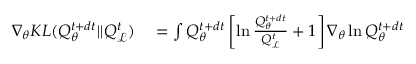
\begin{array} { r l } { \nabla _ { \theta } K L ( Q _ { \theta } ^ { t + d t } | | Q _ { \mathcal { L } } ^ { t } ) } & { { } = \int Q _ { \theta } ^ { t + d t } \left[ \ln \frac { Q _ { \theta } ^ { t + d t } } { Q _ { \mathcal { L } } ^ { t } } + 1 \right] \nabla _ { \theta } \ln Q _ { \theta } ^ { t + d t } } \end{array}